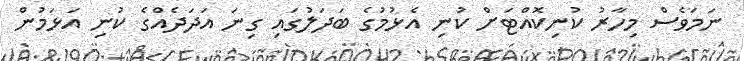
ނަމަވެސް މިހާރު ކުނިކޮއްޓަށް ކުނި އެޅުމުގެ ބަދަލުގައި ގިނަ އަދަދެއްގެ ކުނި އަޅަމުން